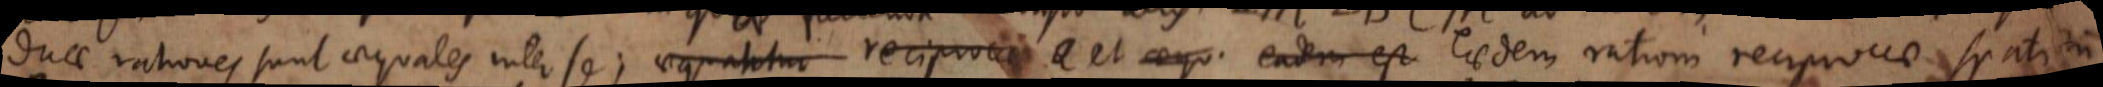
duae rationes sunt aequales inter se; aequantur reciproca et eadem eaedem rationi reciprocae spatiorum